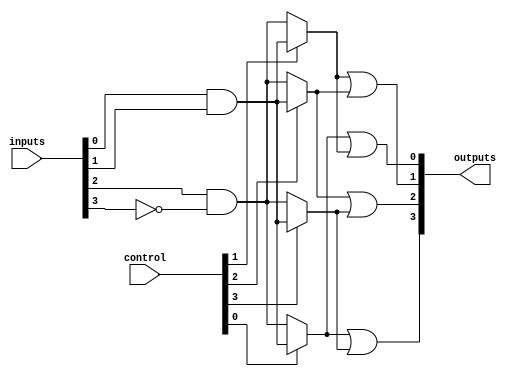
module FusedPAL (
    input wire [N-1:0] inputs,      // N input signals
    input wire [M-1:0] control,      // Control signals for programming
    output wire [P-1:0] outputs      // P output signals
);
    parameter N = 8;                 // Number of inputs (can be adjusted)
    parameter M = 4;                 // Number of programmable AND terms
    parameter P = 4;                 // Number of outputs

    // Programmable AND array
    wire [M-1:0] and_outputs;        // Outputs from the AND array

    // Example of programmable AND gates
    genvar i;
    generate
        for (i = 0; i < M; i = i + 1) begin : and_array
            // Each AND gate can be programmed based on control signals
            assign and_outputs[i] = (control[i] == 1'b1) ? 
                (inputs[0] & inputs[1]) : // Example: AND of inputs 0 and 1
                (inputs[2] & ~inputs[3]); // Example: AND of inputs 2 and NOT 3
        end
    endgenerate

    // Fixed OR array
    assign outputs[0] = and_outputs[0] | and_outputs[1]; // Output 0
    assign outputs[1] = and_outputs[1] | and_outputs[2]; // Output 1
    assign outputs[2] = and_outputs[2] | and_outputs[3]; // Output 2
    assign outputs[3] = and_outputs[0] | and_outputs[3]; // Output 3

endmodule